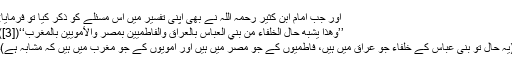
اور جب امام ابن کثیر رحمہ اللہ نے بھی اپنی تفسیر میں اس مسئلے کو ذکر کیا تو فرمایا:
’’وهذا يشبه حال الخلفاء من بني العباس بالعراق والفاطميين بمصر والأمويين بالمغرب‘‘([3])
(یہ حال تو بنی عباس کے خلفاء جو عراق میں ہیں، فاطمیوں کے جو مصر میں ہیں اور امویوں کے جو مغرب میں ہیں کہ مشابہ ہے)۔